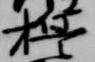
誓